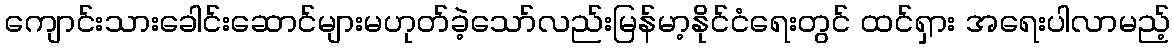
ကျောင်းသားခေါင်းဆောင်များမဟုတ်ခဲ့သော်လည်းမြန်မာ့နိုင်ငံရေးတွင် ထင်ရှား အရေးပါလာမည့်